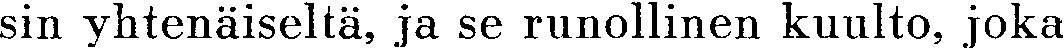
sin yhtenäiseltä, ja se runollinen kuulto, joka